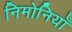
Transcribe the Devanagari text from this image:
निमोनियाँ